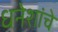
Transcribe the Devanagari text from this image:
धनेशांचे